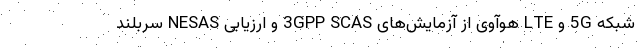
شبکه 5G و LTE هوآوی از آزمایش‌های 3GPP SCAS و ارزیابی NESAS سربلند